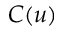
C ( u )